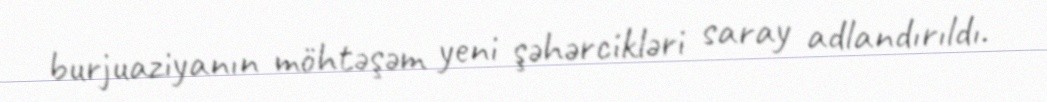
burjuaziyanın möhtəşəm yeni şəhərcikləri saray adlandırıldı.